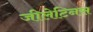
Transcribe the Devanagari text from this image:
जीलेटिनस